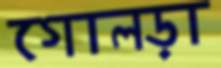
গোলড়া